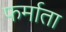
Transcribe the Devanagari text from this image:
फर्माता